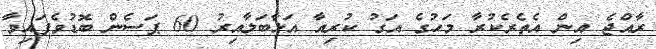
ރާއްޖެ އިން އެތެރެކުރާ މަހުގެ އަގު ކުރިއާ އަޅާބަލާއިރު 60 ޕަސެން ބޮޑުވެފައިވާ